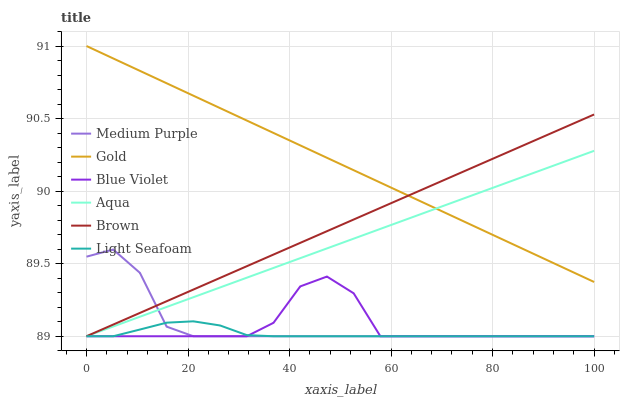
| xaxis_label | Medium Purple | Gold | Blue Violet | Aqua | Brown | Light Seafoam |
 | --- | --- | --- | --- | --- | --- | --- |
 | 0 | 89.5 | 91 | 89 | 89 | 89 | 89 |
 | 5.26 | 89.6 | 90.9 | 89 | 89.1 | 89.1 | 89 |
 | 10.5 | 89.4 | 90.8 | 89 | 89.1 | 89.2 | 89 |
 | 15.8 | 89.1 | 90.7 | 89 | 89.2 | 89.2 | 89.1 |
 | 21.1 | 89 | 90.7 | 89 | 89.3 | 89.3 | 89.1 |
 | 26.3 | 89 | 90.6 | 89 | 89.3 | 89.4 | 89.1 |
 | 31.6 | 89 | 90.5 | 89 | 89.4 | 89.5 | 89 |
 | 36.8 | 89 | 90.4 | 89.1 | 89.5 | 89.6 | 89 |
 | 42.1 | 89 | 90.3 | 89.3 | 89.5 | 89.6 | 89 |
 | 47.4 | 89 | 90.2 | 89.4 | 89.6 | 89.7 | 89 |
 | 52.6 | 89 | 90.1 | 89.3 | 89.7 | 89.8 | 89 |
 | 57.9 | 89 | 90.1 | 89 | 89.7 | 89.9 | 89 |
 | 63.2 | 89 | 90 | 89 | 89.8 | 90 | 89 |
 | 68.4 | 89 | 89.9 | 89 | 89.9 | 90 | 89 |
 | 73.7 | 89 | 89.8 | 89 | 89.9 | 90.1 | 89 |
 | 78.9 | 89 | 89.7 | 89 | 90 | 90.2 | 89 |
 | 84.2 | 89 | 89.6 | 89 | 90.1 | 90.3 | 89 |
 | 89.5 | 89 | 89.5 | 89 | 90.1 | 90.4 | 89 |
 | 94.7 | 89 | 89.5 | 89 | 90.2 | 90.4 | 89 |
 | 100 | 89 | 89.4 | 89 | 90.3 | 90.5 | 89 |